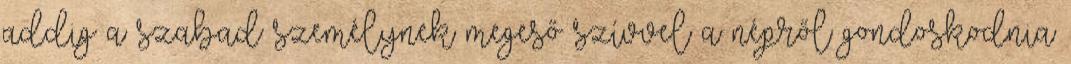
addig a szabad személynek megeső szívvel a népről gondoskodnia